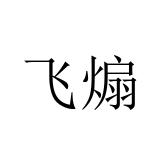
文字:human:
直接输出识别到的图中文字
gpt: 飞煽